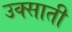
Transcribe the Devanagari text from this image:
उक्साती